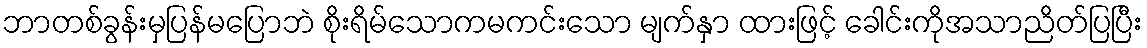
ဘာတစ်ခွန်းမှပြန်မပြောဘဲ စိုးရိမ်သောကမကင်းသော မျက်နှာ ထားဖြင့် ခေါင်းကိုအသာညိတ်ပြပြီး